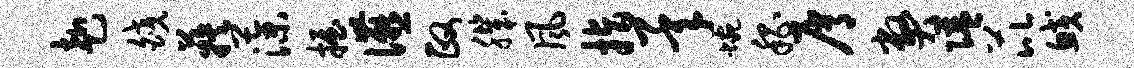
赴皎蔟藻握宴政肌风指承蜿嵇屑弊隘芘鲛